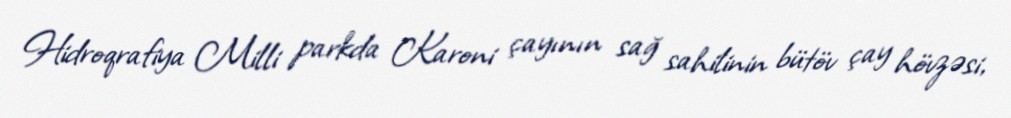
Hidroqrafiya Milli parkda Karoni çayının sağ sahilinin bütöv çay hövzəsi,